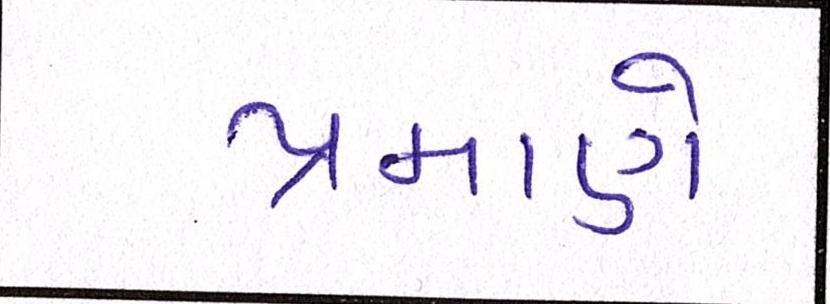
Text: પ્રમાણે